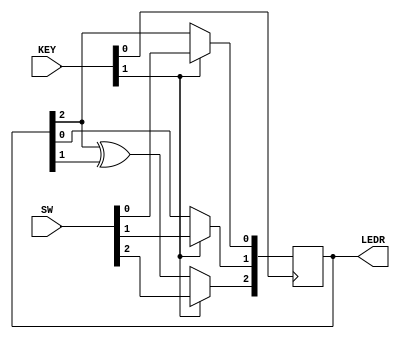
module top_module (
	input [2:0] SW,      // R
	input [1:0] KEY,     // L and clk
	output [2:0] LEDR);  // Q
    
    // R   is SW[2:0]
    // Clk is KEY[0]
    // L   is KEY[1]
    
    wire D0 = (KEY[1]) ? SW[0] : LEDR[2];
    wire D1 = (KEY[1]) ? SW[1] : LEDR[0];
    wire D2 = (KEY[1]) ? SW[2] : (LEDR[2] ^ LEDR[1]);
    
    always @ (posedge KEY[0])
        begin
            LEDR[2] <= D2;
            LEDR[1] <= D1;
            LEDR[0] <= D0;
        end
    
endmodule